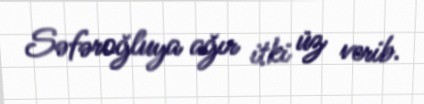
Səfəroğluya ağır itki üz verib.